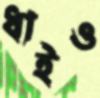
ধাইও